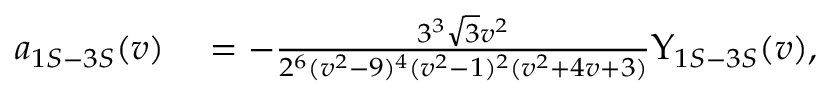
\begin{array} { r l } { a _ { 1 S - 3 S } ( v ) } & { { } = - \frac { 3 ^ { 3 } \sqrt { 3 } v ^ { 2 } } { 2 ^ { 6 } ( v ^ { 2 } - 9 ) ^ { 4 } ( v ^ { 2 } - 1 ) ^ { 2 } ( v ^ { 2 } + 4 v + 3 ) } \Upsilon _ { 1 S - 3 S } ( v ) , } \end{array}